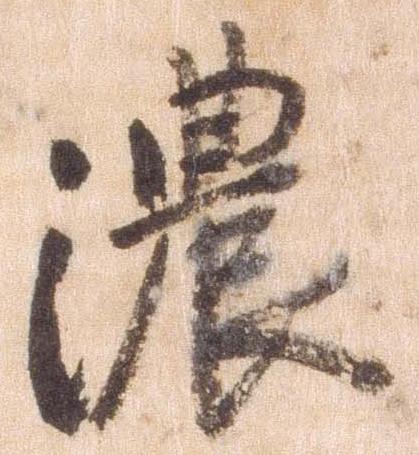
濃